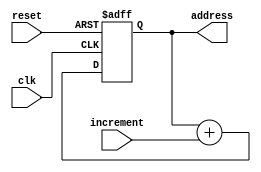
module Programe_Counter(
    input wire clk,
    input wire reset,
    input wire [3:0] increment,
    output reg [3:0] address

);
reg [3:0] counter;
always @(posedge clk or posedge reset) begin
   if (reset) begin
   counter <=4'b0000;
   end else begin 
   counter <= counter + increment;
    end
 end
 always @* begin
 address <= counter;
 end

endmodule